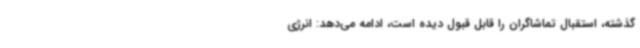
گذشته، استقبال تماشاگران را قابل قبول دیده است، ادامه می‌دهد: انرژی